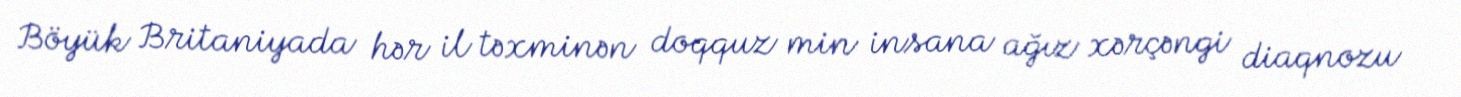
Böyük Britaniyada hər il təxminən doqquz min insana ağız xərçəngi diaqnozu